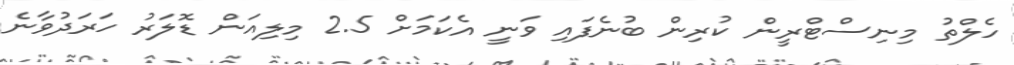
ހެލްތު މިނިސްޓްރީން ކުރިން ބުނެފައި ވަނީ އެކަމަށް 2.5 މިލިއަން ޑޮލަރު ހަރަދުވާނެ